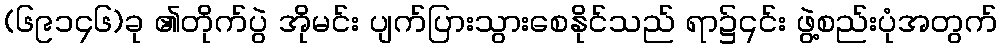
(၆၉၁၄၆)ခု ၏တိုက်ပွဲ အိုမင်း ပျက်ပြားသွားစေနိုင်သည် ရာ၌၎င်း ဖွဲ့စည်းပုံအတွက်